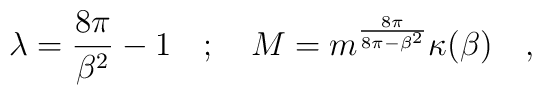
\lambda =\frac{8\pi }{\beta ^{2}}-1\quad ;\quad M=m^{\frac{8\pi }{8\pi -\beta ^{2}}}\kappa (\beta )\quad ,